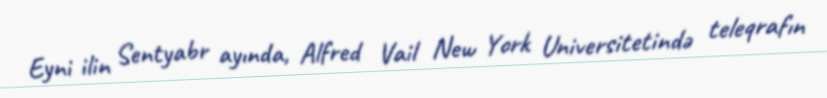
Eyni ilin Sentyabr ayında, Alfred Vail New York Universitetində teleqrafın